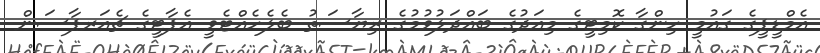
އެމްޑީޕީގެ ގައުމީ ހިންގާ ކޮމިޓީގެ މިއަދުގެ ބައްދަލުވުމުގެ ރިޔާސަތު ބެލެހެއްޓެވީ އެޕާޓީގެ ޗެއަރޕާސަން